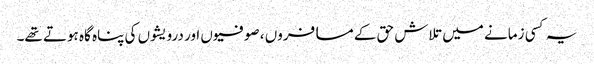
یہ کسی زمانے میں تلاش حق کے مسافروں ، صوفیوں اور درویشوں کی پناہ گاہ ہوتے تھے۔